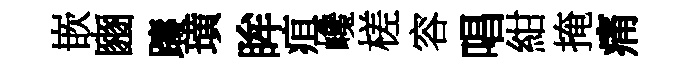
嵌豳躊璜眸疽巉槎容唱紺掩痛